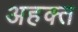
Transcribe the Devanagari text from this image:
अहक्त